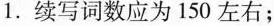
1.续写词数应为 150 左右;